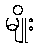
မျိုး